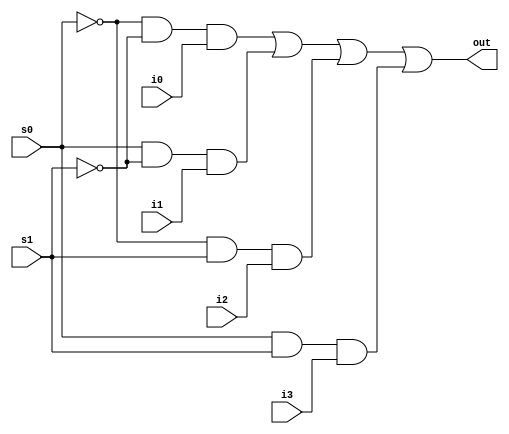
module four_one_mux (out, i0, i1, i2, i3, s0, s1);

	input i0, i1, i2, i3, s0, s1;
	output out;

	wire w0, w1, w2, w3, ns0, ns1;

	not not_0 (ns0, s0);
	not not_1 (ns1, s1);
	
	and and_0 (w0, ns0, ns1, i0);
	and and_1 (w1, s0, ns1, i1);
	and and_2 (w2, ns0, s1, i2);
	and and_3 (w3, s0, s1, i3);

	or or_0 (out, w0, w1, w2, w3);

endmodule